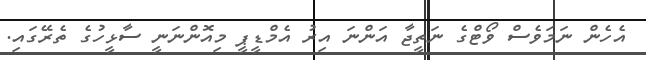
އެހެން ނަމަވެސް ވޯޓްގެ ނަތީޖާ އަންނަ އިރު އެމްޑީޕީ މިއޮންނަނީ ސާޅީހުގެ ތެރޭގައި.